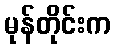
မုန်တိုင်းက